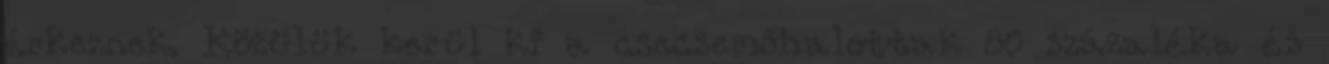
érkeznek. Közülük kerül ki a csecsemőhalottak 80 százaléka és